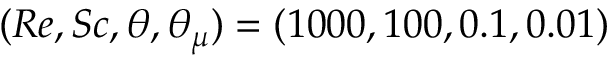
( R e , S c , \theta , \theta _ { \mu } ) = ( 1 0 0 0 , 1 0 0 , 0 . 1 , 0 . 0 1 )